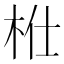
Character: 𣐴